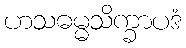
ဟသဓမ္မသိက္ခာပဒံ